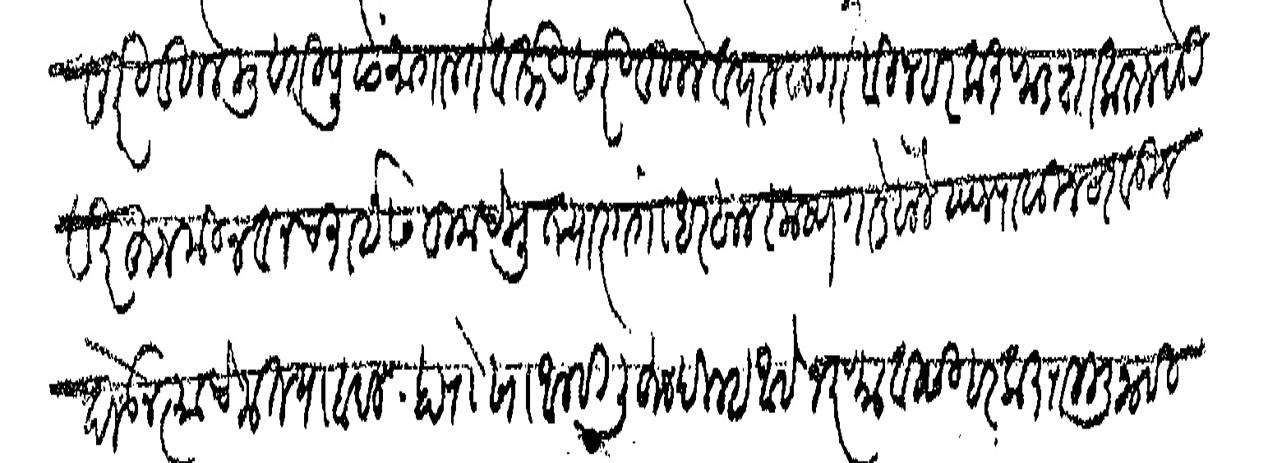
Transliteration (Devanagari): सदरी लिहिले मुदतीपुढे मागाल ते वत्की सदरी लिहिले व्याजसु  बिनहरकत फडशा करून देऊ सदरहू जमीन वनचराईस तुमचे मुत्यार मुखत्यार गंगाधर बाळकृष्ण गोडबोले याजपासून ठरवून घेऊन त्याचे मत्याबदल हा रोखा आम्ही लिहून दिल्हा आहे भरण्याविसी हरकत राहिली नाही